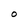
Character: O